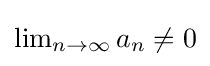
{\textstyle \lim _{n\to \infty }a_{n}\neq 0}